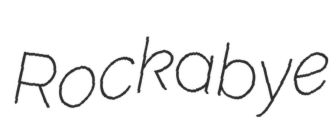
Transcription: Rockabye